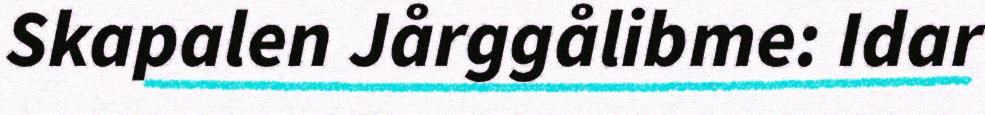
Skapalen Jårggålibme: Idar